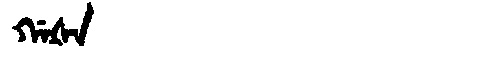
Manchu: ᡤᠠᡧᠠ
Romanization: GAŠA